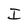
Character: I